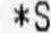
*S